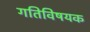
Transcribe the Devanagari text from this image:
गतिविषयक